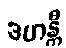
ဒဟန္တီ